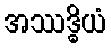
အဿဒ္ဓိယံ